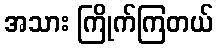
အသား ကြိုက်ကြတယ်